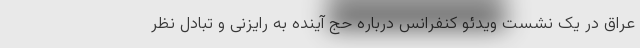
عراق در یک نشست ویدئو کنفرانس درباره حج آینده به رایزنی و تبادل نظر